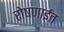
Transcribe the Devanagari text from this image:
रोषणाईत